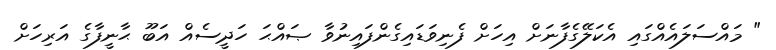
" މައްސަލައެއްގައި އެކަލޭގެފާނަށް އިހަށް ފެނިވަޑައިގެންފައިނުވާ ޞައްޙަ ހަދީސެއް އަބޫ ޙާނީފާގެ އަރިހަށް